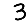
Digit: 3